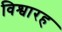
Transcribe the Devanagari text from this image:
विश्वारह